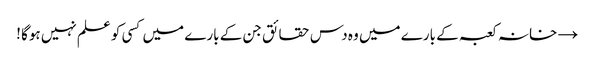
→ خانہ کعبہ کے بارے میں وہ دس حقائق جن کے بارے میں کسی کو علم نہیں ہوگا !